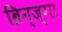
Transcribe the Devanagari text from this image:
ब्रिन्ज्गा